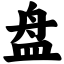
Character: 盘